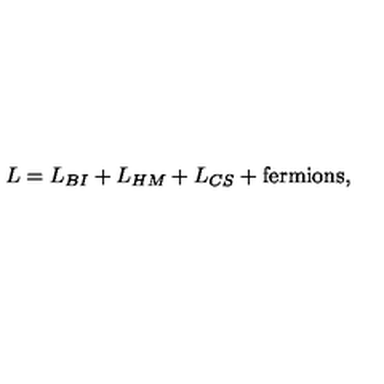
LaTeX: L = L _ { B I } + L _ { H M } + L _ { C S } + \mathrm { f e r m i o n s } ,